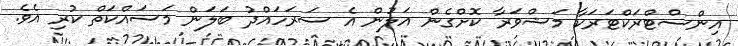
އިންސްޓްރަކްޓަރަކާ މަޝްވަރާ ކޮށްގެން އަލުން އެ ސަރަހައްދު ބަލަން މަސައްކަތް ކުރި އެވެ.